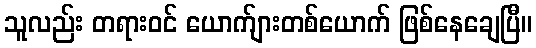
သူလည်း တရားဝင် ယောက်ျားတစ်ယောက် ဖြစ်နေချေပြီ။